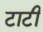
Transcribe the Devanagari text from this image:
टाटी